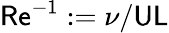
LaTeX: \mathsf{Re}^{-1}:={\nu}/{\mathsf{UL}}